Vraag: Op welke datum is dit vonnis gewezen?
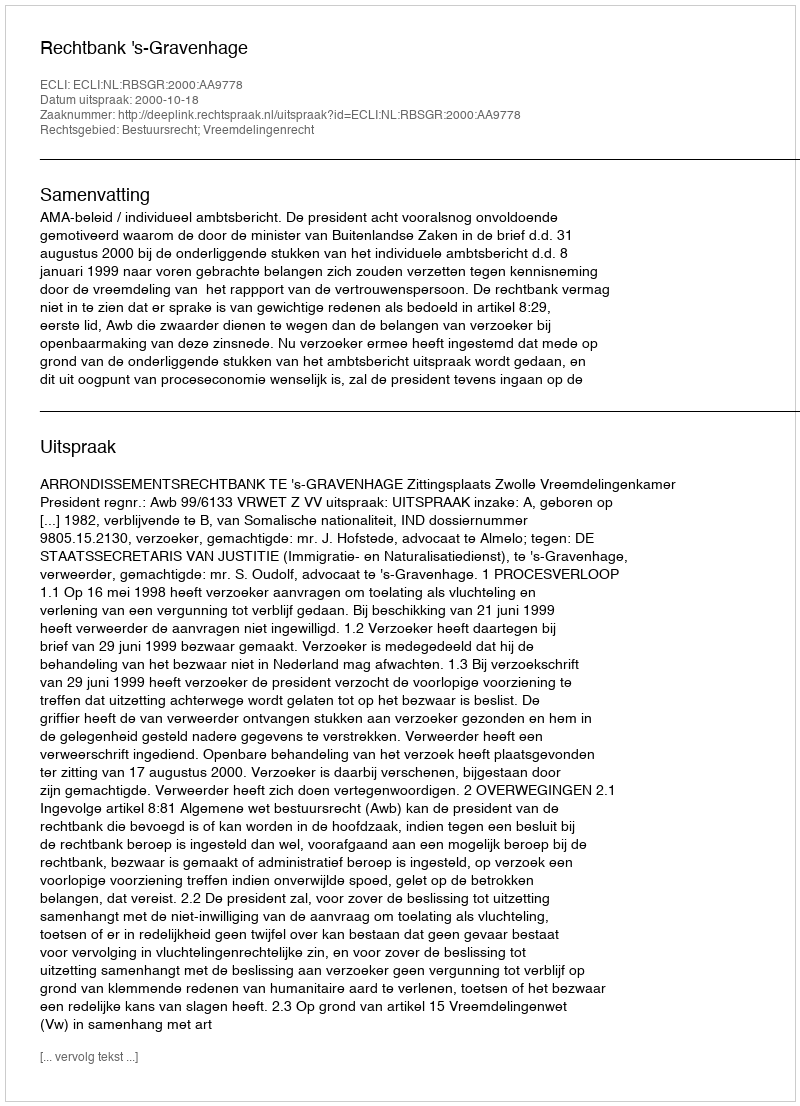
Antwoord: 2000-10-18